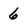
Character: 6